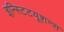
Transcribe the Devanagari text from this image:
इन्स्टिटयूशन्स